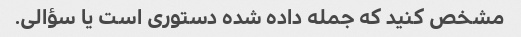
مشخص کنید که جمله داده شده دستوری است یا سؤالی.